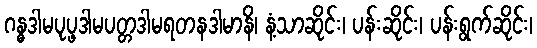
ဂန္ဓဒါမပုပ္ဖဒါမပတ္တဒါမရတနဒါမာနိ၊ နံ့သာဆိုင်း၊ ပန်းဆိုင်း၊ ပန်းရွက်ဆိုင်း၊